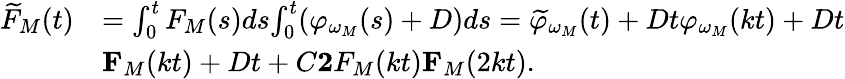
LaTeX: \begin{array}{rl}{\widetilde{F}_{M}(t)}&{=\int_{0}^{t}F_{M}(s)ds\le\int_{0}^{t}(\varphi_{\omega_{M}}(s)+D)ds=\widetilde{\varphi}_{\omega_{M}}(t)+Dt\le\varphi_{\omega_{M}}(kt)+Dt}\\ &{\le F_{M}(kt)+Dt+C\le 2F_{M}(kt)\le F_{M}(2kt).}\end{array}